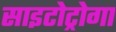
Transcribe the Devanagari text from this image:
साइटोट्रोगा